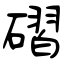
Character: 磖